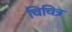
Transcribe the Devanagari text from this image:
चिचित्र